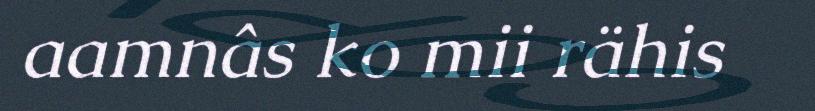
aamnâs ko mii rähis